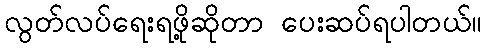
လွတ်လပ်ရေးရဖို့ဆိုတာ ပေးဆပ်ရပါတယ်။